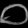
Digit: ၀